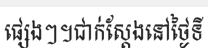
ផ្សេងៗ។ជាក់ស្តែងនៅថ្ងៃទី